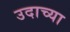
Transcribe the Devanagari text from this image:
उदाच्या